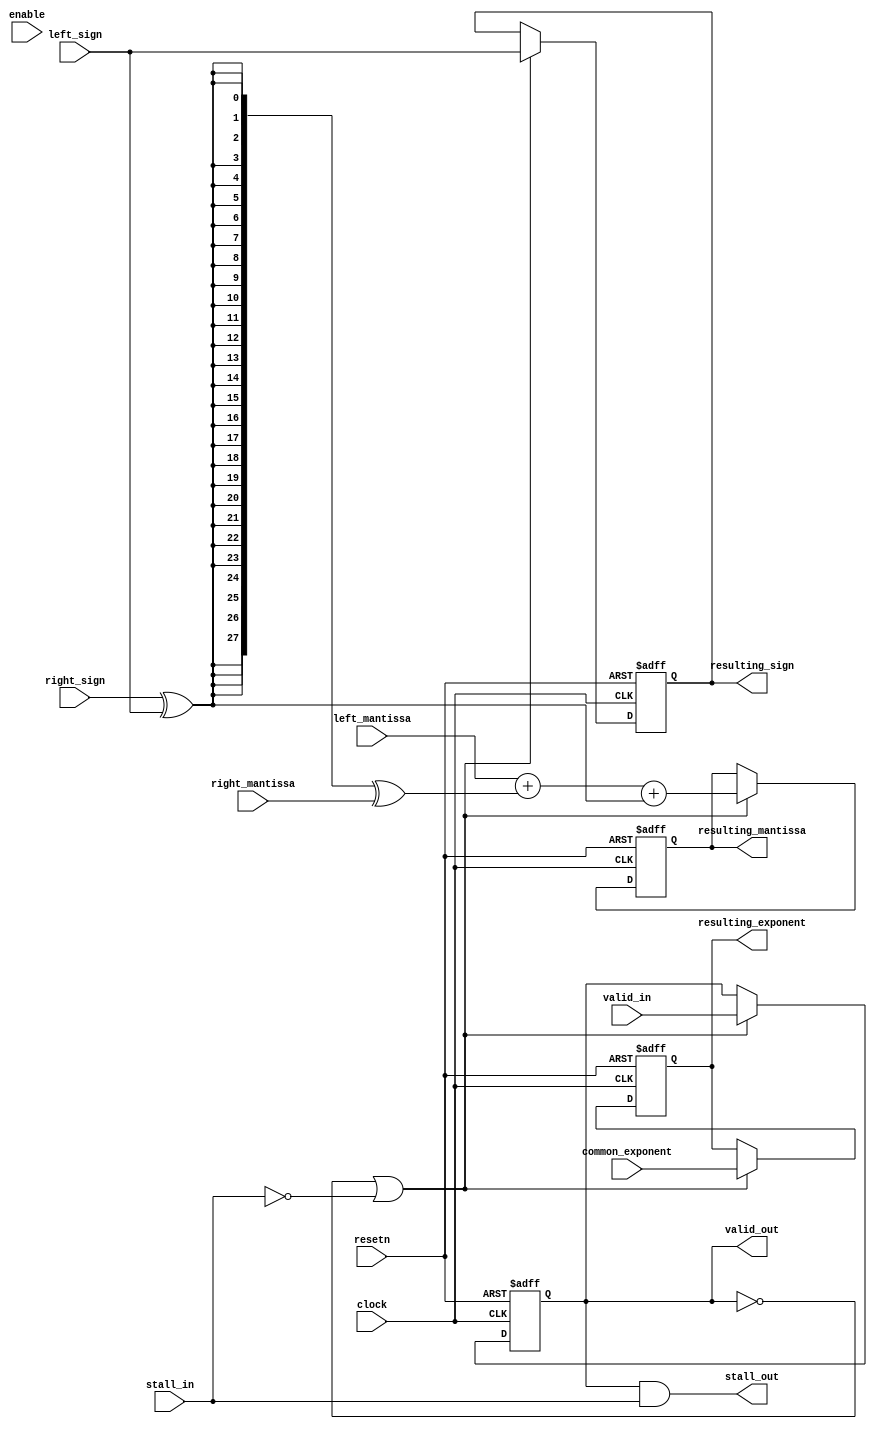
// (C) 1992-2015 Altera Corporation. All rights reserved.                         
// Your use of Altera Corporation's design tools, logic functions and other       
// software and tools, and its AMPP partner logic functions, and any output       
// files any of the foregoing (including device programming or simulation         
// files), and any associated documentation or information are expressly subject  
// to the terms and conditions of the Altera Program License Subscription         
// Agreement, Altera MegaCore Function License Agreement, or other applicable     
// license agreement, including, without limitation, that your use is for the     
// sole purpose of programming logic devices manufactured by Altera and sold by   
// Altera or its authorized distributors.  Please refer to the applicable         
// agreement for further details.                                                 
    


module acl_fp_custom_add_op(	clock, resetn, left_mantissa, right_mantissa, left_sign, right_sign, common_exponent,
										resulting_mantissa, resulting_exponent, resulting_sign,
										valid_in, valid_out, stall_in, stall_out, enable);

	parameter HIGH_CAPACITY = 1;
	
	// Latency = 1 cycle.
	input clock, resetn, left_sign, right_sign;
	input [26:0] left_mantissa;
	input [26:0] right_mantissa;
	input [8:0] common_exponent;
	input valid_in, stall_in, enable;
	(* altera_attribute = "-name auto_shift_register_recognition OFF" *) output reg [27:0] resulting_mantissa;
	(* altera_attribute = "-name auto_shift_register_recognition OFF" *) output reg [8:0] resulting_exponent;
	(* altera_attribute = "-name auto_shift_register_recognition OFF" *) output reg resulting_sign;
	(* altera_attribute = "-name auto_shift_register_recognition OFF" *) output reg valid_out;
	output stall_out;
	
	wire enable_add = (HIGH_CAPACITY==1) ? (~valid_out | ~stall_in) : enable;
	wire do_subtraction = right_sign ^ left_sign;
	assign stall_out = valid_out & stall_in;
	wire [27:0] op_ab = left_mantissa + ({28{do_subtraction}} ^ right_mantissa) + do_subtraction;
	
	always@(posedge clock or negedge resetn)
	begin
		if (~resetn)
		begin
			resulting_mantissa <= 28'bxxxxxxxxxxxxxxxxxxxxxxxxxxxx;
			resulting_exponent <= 9'bxxxxxxxx;
			resulting_sign <= 1'bx;
			valid_out <= 1'b0;
		end
		else if (enable_add)
		begin
			valid_out <= valid_in;
			resulting_mantissa <= op_ab;
			resulting_exponent <= common_exponent;
			resulting_sign <= left_sign;
		end
	end
	
endmodule